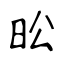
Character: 昖